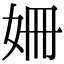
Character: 姍